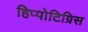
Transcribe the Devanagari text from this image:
हिप्पोटिग्रिस